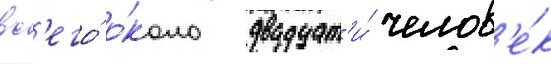
вс'его́ о́коло двадцат'и́ челов'е́к